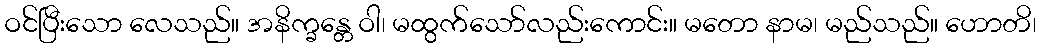
ဝင်ပြီးသော လေသည်။ အနိက္ခန္တေ ဝါ၊ မထွက်သော်လည်းကောင်း။ မတော နာမ၊ မည်သည်။ ဟောတိ၊